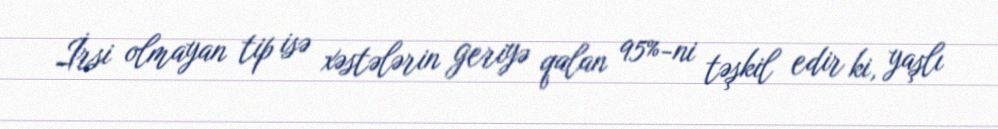
İrsi olmayan tip isə xəstələrin geriyə qalan 95%-ni təşkil edir ki, yaşlı